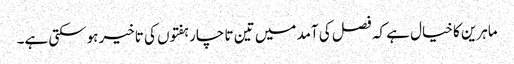
ماہرین کا خیال ہے کہ فصل کی آمد میں تین تا چار ہفتوں کی تاخیر ہوسکتی ہے۔